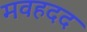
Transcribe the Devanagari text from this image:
मवहदद